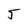
Character: 5